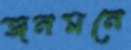
জনমনে